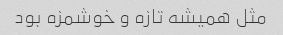
مثل همیشه تازه و خوشمزه بود